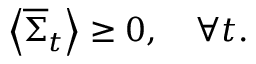
\left\langle { { \overline { { \Sigma } } } _ { t } } \right\rangle \geq 0 , \quad \forall t .